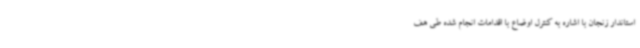
استاندار زنجان با اشاره به کنترل اوضاع با اقدامات انجام شده طی هف